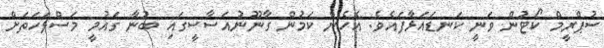
ސުޕްރީމް ކޯޓުން ވަނީ ކަނޑައަޅާފައެވެ. އެހެން ކަމުން ގާނޫނުއަސާސީގައި ބުނާ ގައުމީ މަސްލަހަތަށް